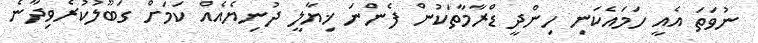
ނުވަތަ އެއީ ހަމައެކަނި ހިންދީ ޑްރާމާތަކުން ފެންނަ ޚިޔާލީ ދުނިޔެއެއް ކަމަށް ގަބޫލުކުރެވިދާނެ